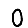
Digit: 0